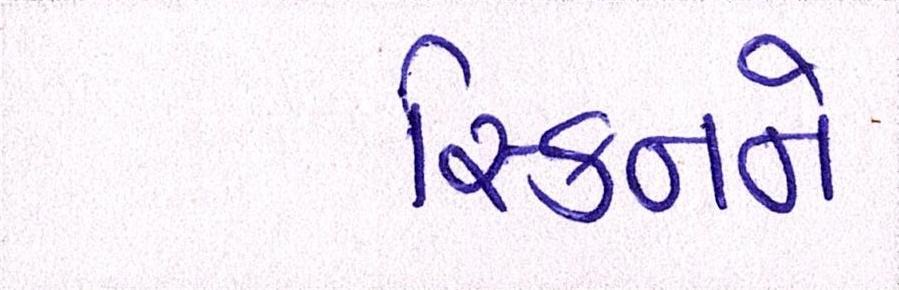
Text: સ્કિનને